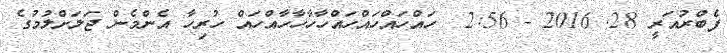
ފެބްރުއަރީ 28